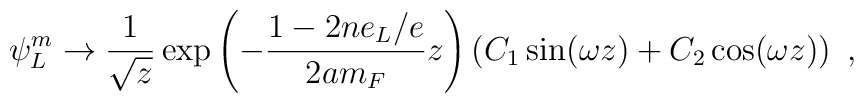
\psi_L ^{m} \to \frac{1}{\sqrt{z}} \exp\left(-\frac{1-2ne_L/e}{2am_F}z\right)  \left(C_1 \sin(\omega z) +C_2 \cos(\omega z)\right)~,